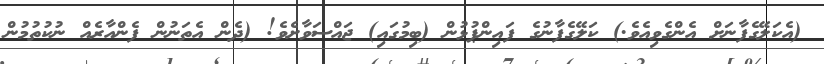
(އެކަލޭގެފާނަށް އެންގެވިއެވެ.) ކަލޭގެފާނުގެ ފައިންޕުޅުން (ބިމުގައި) ޖައްސަވާށެވެ! (ދެން އެތަނުން ފެންއާރެއް ނުކުތުމުން